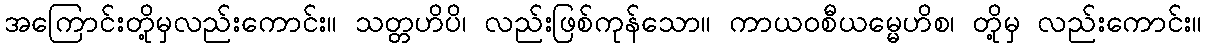
အကြောင်းတို့မှလည်းကောင်း။ သတ္တဟိပိ၊ လည်းဖြစ်ကုန်သော။ ကာယဝစီယမ္မေဟိစ၊ တို့မှ လည်းကောင်း။